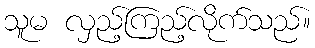
သူမ လှည့်ကြည့်လိုက်သည်။